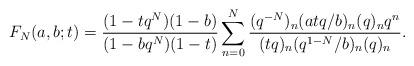
LaTeX: \begin{align*}F_N(a,b;t)=\frac{(1-tq^N)(1-b)}{(1-bq^N)(1-t)}\sum_{n=0}^{N}\frac{(q^{-N})_n(atq/b)_n(q)_nq^n}{(tq)_n(q^{1-N}/b)_n(q)_n}.\end{align*}